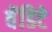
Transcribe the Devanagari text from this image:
वेंडिटे